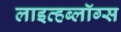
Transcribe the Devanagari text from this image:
लाइव्हब्लॉग्स